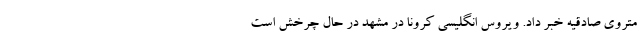
متروی صادقیه خبر داد. ویروس انگلیسی کرونا در مشهد در حال چرخش است